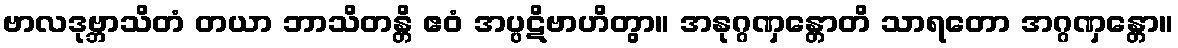
ဗာလဒုဗ္ဘာသိတံ တယာ ဘာသိတန္တိ ဧဝံ အပ္ပဋိဗာဟိတွာ။ အနုဂ္ဂဏှန္တောတိ သာရတော အဂ္ဂဏှန္တော။